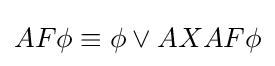
AF\phi \equiv \phi \lor AXAF\phi